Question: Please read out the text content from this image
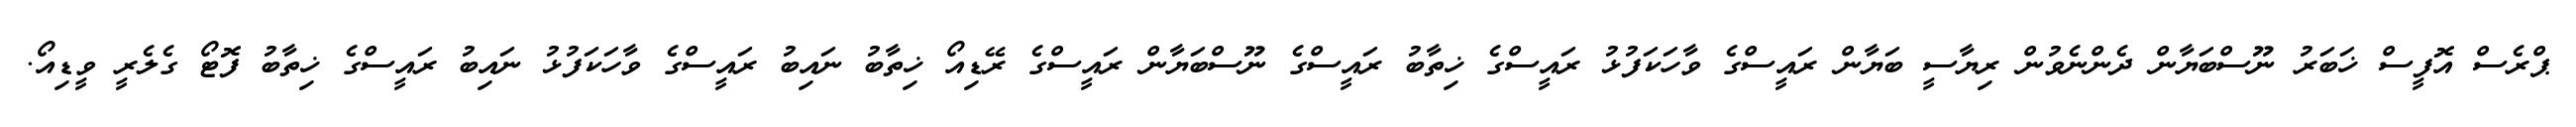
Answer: ޕްރެސް އޮފީސް ޚަބަރު ނޫސްބަޔާން ދެންނެވުން ރިޔާސީ ބަޔާން ރައީސްގެ ވާހަކަފުޅު ރައީސްގެ ޚިތާބު ރައީސްގެ ނޫސްބަޔާން ރައީސްގެ ރޭޑިއޯ ޚިތާބު ނައިބު ރައީސްގެ ވާހަކަފުޅު ނައިބު ރައީސްގެ ޚިތާބު ފޮޓޯ ގެލެރީ ވީޑިއޯ.